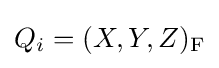
Q_{i}=(X,Y,Z)_{\text{F}}